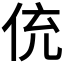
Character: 𬾁